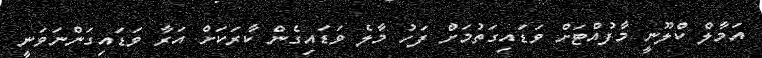
އަމާލް ކްލޫނީ މާފުއްޓަށް ވަޑައިގަތުމަށް ފަހު މާލެ ވަޑައިގެން ކާރަކަށް އަރާ ވަޑައިގަންނަވަނީ